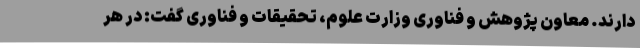
دارند. معاون پژوهش و فناوری وزارت علوم، تحقیقات و فناوری گفت: در هر